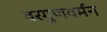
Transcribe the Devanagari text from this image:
वरगुणवर्मन